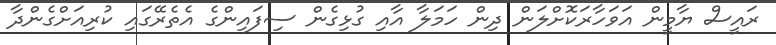
ރައީސް ޔާމީން އަވަހާރަކޮށްލަން ދިން ހަމަލާ އާއި ގުޅިގެން ސިފައިންގެ އެތެރޭގައި ކުރިއަށްގެންދާ